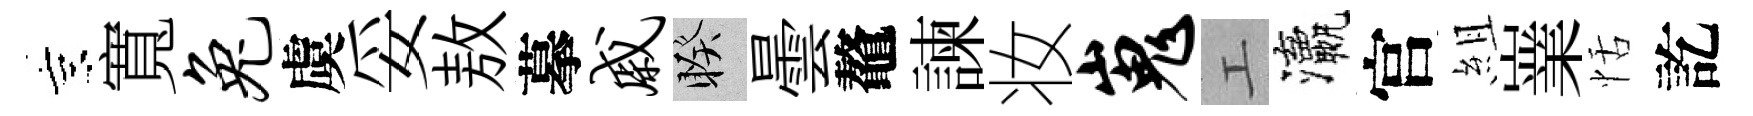
京寬兔虞妥敖摹戚睽曇鼇諫妆嵬工瀛官組嶪恬訖